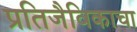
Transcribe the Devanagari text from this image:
प्रतिजैविकाचा